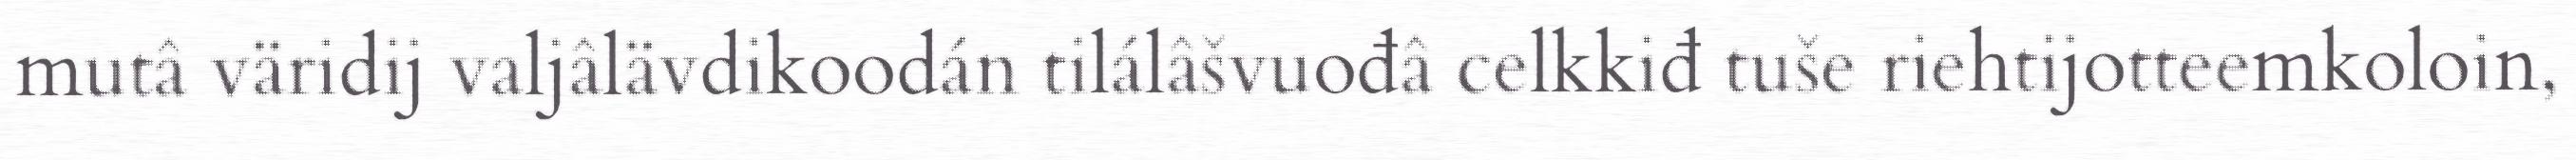
mutâ väridij valjâlävdikoodán tilálâšvuođâ celkkiđ tuše riehtijotteemkoloin,